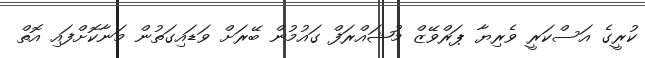
ކުރީގެ އަސްކަރީ ވެރިޔާ ޕަރްވޭޒް މުޝައްރަފް ގައުމުން ބޭރަށް ވަޑައިގަތުން މަނާކޮށްފައި އޮތް